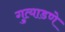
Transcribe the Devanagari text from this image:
गुत्याडणे